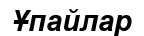
Ұпайлар